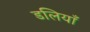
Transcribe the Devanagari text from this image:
डलियाँ